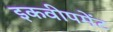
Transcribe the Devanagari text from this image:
इकवीपमेंट